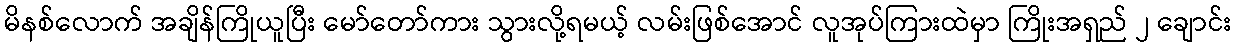
မိနစ်လောက် အချိန်ကြိုယူပြီး မော်တော်ကား သွားလို့ရမယ့် လမ်းဖြစ်အောင် လူအုပ်ကြားထဲမှာ ကြိုးအရှည် ၂ ချောင်း